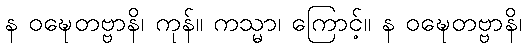
န ဝဍ္ဎေတဗ္ဗာနိ၊ ကုန်။ ကသ္မာ၊ ကြောင့်။ န ဝဍ္ဎေတဗ္ဗာနိ၊